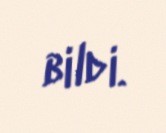
bildi.